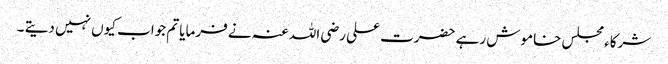
شرکاء مجلس خاموش رہے حضرت علی رضی اللہ عنہ نے فرمایا تم جواب کیوں نہیں دیتے ۔